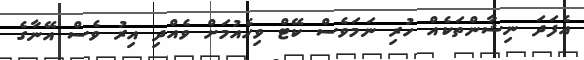
އެފަދަ ނިޝާންތަކެއް ހުރި ނަމަވެސް ކޭޓް ވިހެއުމަށް ވެއްދި އިރު ވެސް އޭނާގެ